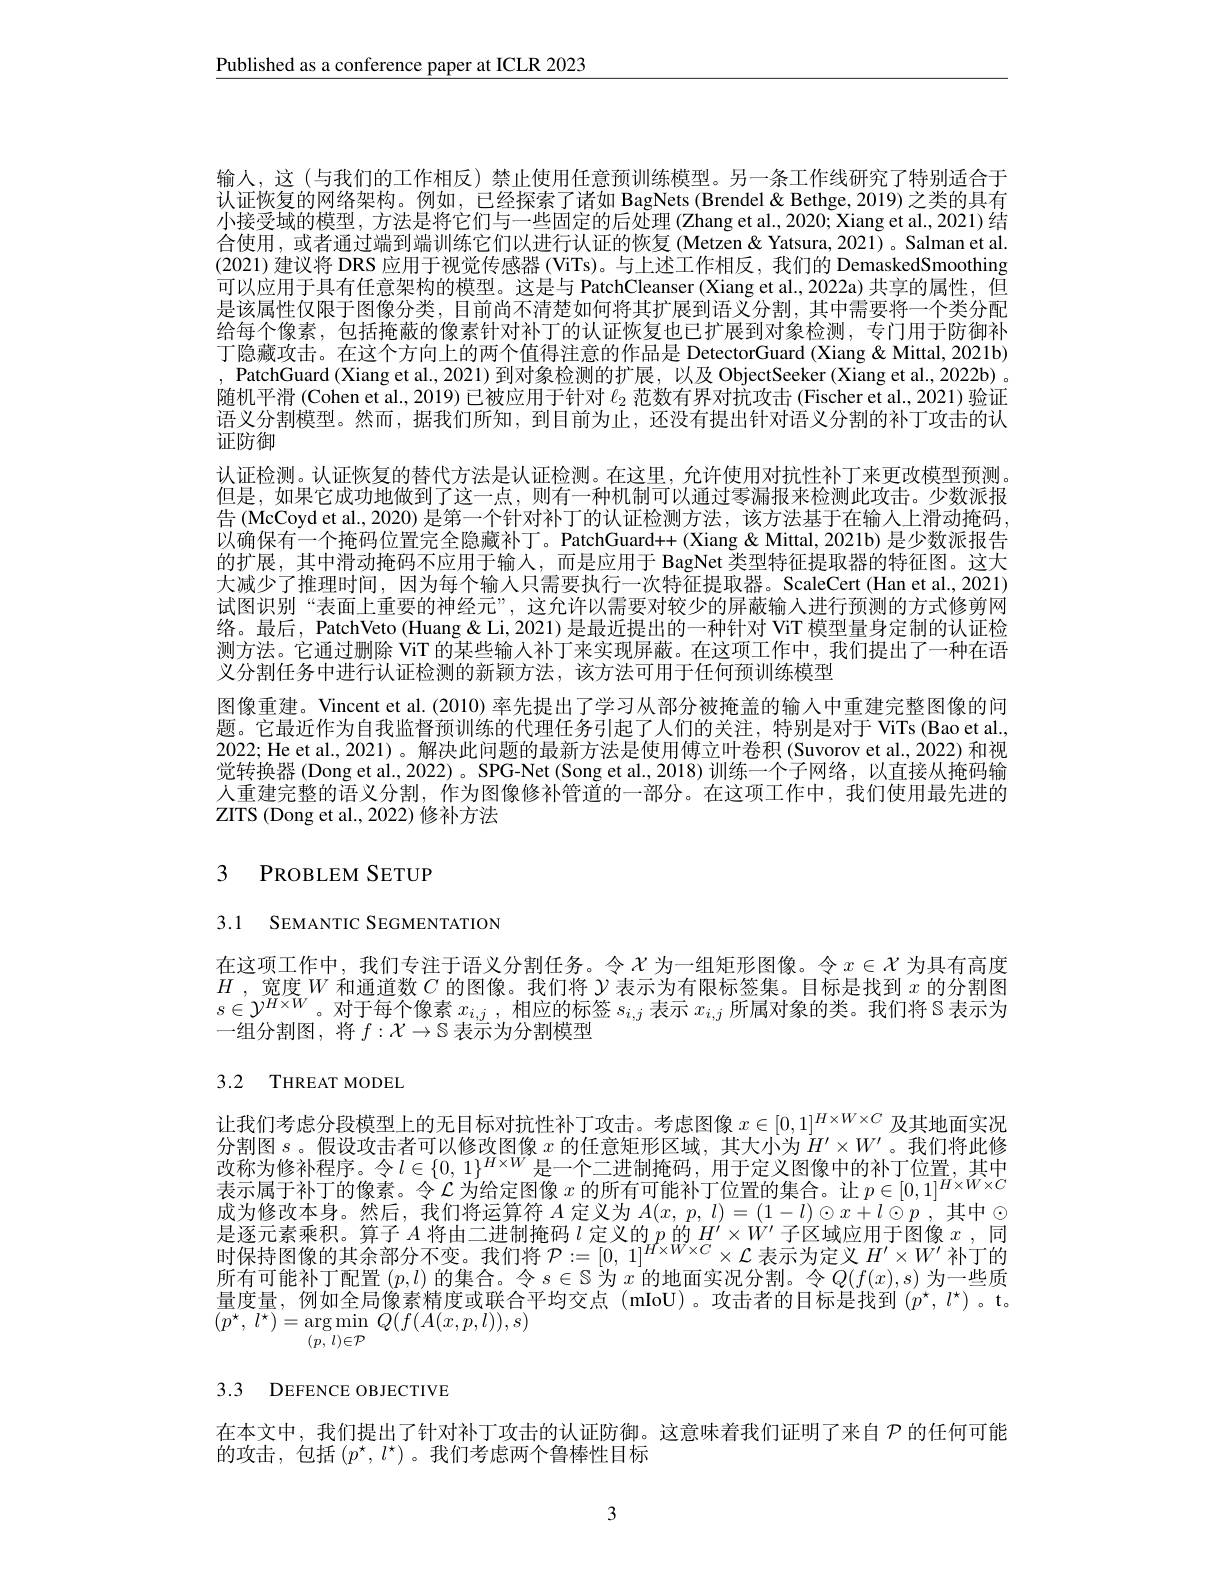
Published as a conference paper at ICLR 2023

输人，这(与我们的工作相反)禁止使用任意预训练模型。另一条工作线研究了特别适合于认证恢复的网络架构。例如，已经探索了诸如 BagNets (Brendel& Bethge, 2019)之类的具有小接受域的模型，方法是将它们与一些固定的后处理 (Zhang et al., 2020; Xiang et al., 2021) 结合使用 , 或者通过端到端训练它们以进行认证的恢复 (Metzen& Yatsura, 2021) 。Salman et al. (2021)建议将 DRS 应用于视觉传感器(ViTs)。与上述工作相反，我们的 DemaskedSmoothing 可以应用于具有任意架构的模型。这是与 PatchCleanser (Xiang et al., 20222a) 共享的属性，但是该属性仅限于图像分类，目前尚不清楚如何将其扩展到语义分割，其中需要将一个类分配给每个像素，包括掩蔽的像素针对补丁的认证恢复也已扩展到对象检测，专门用于防御补丁隐藏攻击。在这个方向上的两个值得注意的作品是 DetectorGuard (Xiang & Mittal, 2021b) , PatchGuard (Xiang et al., 2021) 到对象检测的扩展，以及 ObjectSeeker (Xiang et al., 2022b) 。随机平滑 (Cohen et al., 2019) 已被应用于针对$\ell_{2}$范数有界对抗攻击 (Fischer et al., 2021) 验证语义分割模型。然而，据我们所知，到目前为止，还没有提出针对语义分割的补丁攻击的认证防御
认证检测。认证恢复的替代方法是认证检测。在这里，允许使用对抗性补丁来更改模型预测。但是，如果它成功地做到了这一点，则有一种机制可以通过零漏报来检测此攻击。少数派报告 (McCoyd et al., 2020) 是第一个针对补丁的认证检测方法，该方法基于在输人上滑动掩码， 以确保有一个掩码位置完全隐藏补丁。PatchGuard++ (Xiang & Mittal, 2021b) 是少数派报告的扩展，其中滑动掩码不应用于输人，而是应用于 BagNet 类型特征提取器的特征图。这大大减少了推理时间，因为每个输人只需要执行一次特征提取器。ScaleCert(Han et al.,2021) 试图识别“表面上重要的神经元”,这允许以需要对较少的屏蔽输入进行预测的方式修剪网络。最后，PatchVeto (Huang & Li, 2021) 是最近提出的一种针对 ViT 模型量身定制的认证检测方法。它通过删除 ViT 的某些输人补丁来实现屏蔽。在这项工作中，我们提出了一种在语义分割任务中进行认证检测的新颖方法，该方法可用于任何预训练模型
图像重建。Vincent et al. (2010) 率先提出了学习从部分被掩盖的输人中重建完整图像的问题。它最近作为自我监督预训练的代理任务引起了人们的关注，特别是对于 ViTs(Bao et al., 2022; He et al., 2021) 。解决此问题的最新方法是使用傅立叶卷积 (Suvorov et al., 2022) 和视觉转换器 (Dong et al., 2022)。SPG-Net (Song et al., 2018)训练一个子网络，以直接从掩码输人重建完整的语义分割，作为图像修补管道的一部分。在这项工作中，我们使用最先进的${\mathrm{ZITS~(Dong~et~al.,2022)}}$修补方法

# 3 PROBLEM SETUP

3.1 SEMANTIC SEGMENTATION

在这项工作中，我们专注于语义分割任务。令$\chi$为一组矩形图像。令$x\in\mathcal{X}$为具有高度$H$ , 宽 度 $W$ 和 通 道 数 $C$ 的 图 像 。我 们 将 $\mathcal{Y}$表 示 为 有 限 标 签 集 。目 标 是 找 到 $x$ 的 分 割 图 $s\in \mathcal{Y} ^{H\times W}$。对 于 每 个 像 素 $x_{i, j}$ , 相 应 的 标 签 $s_{i, j}$ 表 示 $x_{i, j}$ 所 属 对 象 的 类 。我 们 将 S 表 示 为 一 组 分 割 图 将 $f: \mathcal{X} \to \mathbb{S}$ 幸 云 为 分 割 横 刑一组分割图，将$f: \mathcal{X} \to \bar {\mathbb{S} \text{ 表 示 为 分 割 模 型 }}$

# 3.2 THREAT MODEL

让我们考虑分段模型上的无目标对抗性补丁攻击。考虑图像$x\in[0,1]^{H\times W\times C}$及其地面实况分割图$s$。假设攻击者可以修改图像$x$的任意矩形区域，其大小为$H^\prime\times W^{\prime}$。我们将此修改称为修补程序。令$l\in\{0,1\}^{H\times W}$是一个二进制掩码，用于定义图像中的补丁位置，其中是涿元素乘积。算子$A$将由二讲制掩码$l$定义的$p$的$H^\prime\times W^{\prime}$子区域应用于图像$x$ ,同时保持图像的其余部分不变。我们将$\mathcal{P}:=[0,1]^{H\times W\times C}\times\mathcal{L}$表示为定义$H^\prime\times W^{\prime}$补丁的所有可能补丁配置$(p,l)$的集合。令$s\in\mathbb{S}$为$x$的地面实况分割。令$Q(f(x),s)$为一些质量度量，例如全局像素精度或联合平均交点(mIoU)。攻击者的目标是找到(p^{$\star ,l^{\star})。t$。$( p^{\star }$, $l^{\star }) = \arg \min _{( n\:l) \in \mathcal{P} }$ $Q( f( A( x, p, l) ) , s)$

3.3 DEFENCE OBJECTIVE

在本文中，我们提出了针对补丁攻击的认证防御。这意味着我们证明了来自$\mathcal{P}$ 的任何可能
的攻击，包括$(p^\star,l^\star)$。我们考虑两个鲁棒性目标

3